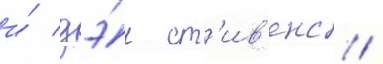
и́ дэ́н ст'ив'енс /